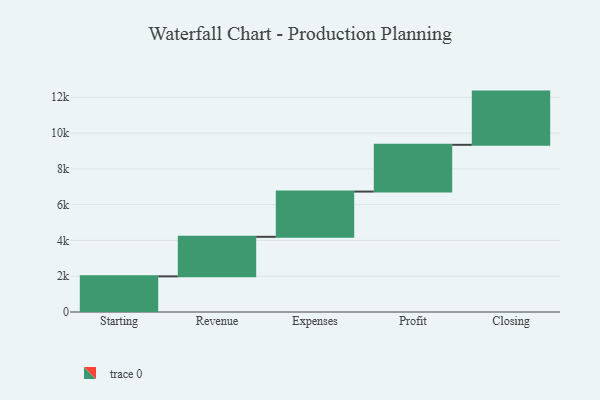
{"axis": {"x": "Step", "y": "Value"}, "legend": [""], "data": [{"x": "Starting", "y": 1991.0, "type": ""}, {"x": "Revenue", "y": 2210.0, "type": ""}, {"x": "Expenses", "y": 2528.0, "type": ""}, {"x": "Profit", "y": 2613.0, "type": ""}, {"x": "Closing", "y": 2973.0, "type": ""}]}